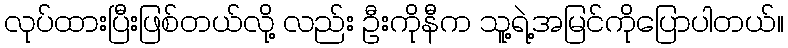
လုပ်ထားပြီးဖြစ်တယ်လို့ လည်း ဦးကိုနီက သူ့ရဲ့အမြင်ကိုပြောပါတယ်။